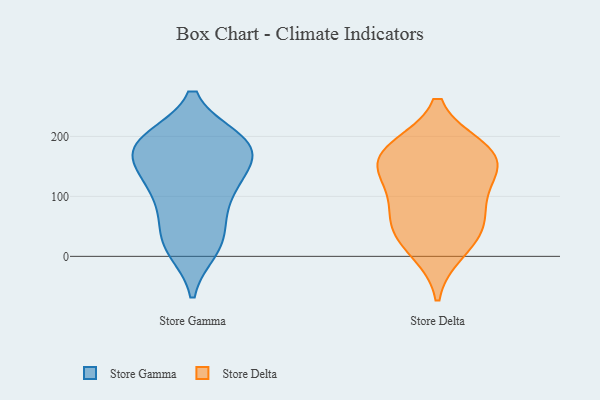
{"axis": {"x": "Shipments", "y": "Value"}, "legend": ["Store Delta", "Store Gamma"], "data": [{"x": "", "y": 140, "type": "Store Gamma"}, {"x": "", "y": 139, "type": "Store Gamma"}, {"x": "", "y": 33, "type": "Store Gamma"}, {"x": "", "y": 83, "type": "Store Gamma"}, {"x": "", "y": 11, "type": "Store Gamma"}, {"x": "", "y": 178, "type": "Store Gamma"}, {"x": "", "y": 112, "type": "Store Gamma"}, {"x": "", "y": 194, "type": "Store Gamma"}, {"x": "", "y": 119, "type": "Store Gamma"}, {"x": "", "y": 77, "type": "Store Gamma"}, {"x": "", "y": 153, "type": "Store Gamma"}, {"x": "", "y": 194, "type": "Store Gamma"}, {"x": "", "y": 189, "type": "Store Gamma"}, {"x": "", "y": 183, "type": "Store Gamma"}, {"x": "", "y": 11, "type": "Store Gamma"}, {"x": "", "y": 183, "type": "Store Gamma"}, {"x": "", "y": 32, "type": "Store Gamma"}, {"x": "", "y": 195, "type": "Store Gamma"}, {"x": "", "y": 109, "type": "Store Delta"}, {"x": "", "y": 60, "type": "Store Delta"}, {"x": "", "y": 179, "type": "Store Delta"}, {"x": "", "y": 36, "type": "Store Delta"}, {"x": "", "y": 135, "type": "Store Delta"}, {"x": "", "y": 65, "type": "Store Delta"}, {"x": "", "y": 171, "type": "Store Delta"}, {"x": "", "y": 155, "type": "Store Delta"}, {"x": "", "y": 10, "type": "Store Delta"}, {"x": "", "y": 173, "type": "Store Delta"}]}